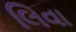
લિવા